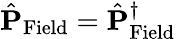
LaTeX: \hat{\mathbf P}_{\mathrm{Field}}=\hat{\mathbf P}_{\mathrm{Field}}^{\dagger}